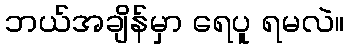
ဘယ်အချိန်မှာ ရေပူ ရမလဲ။